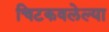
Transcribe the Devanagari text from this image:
चिटकवलेल्या